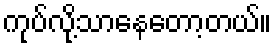
ကုပ်လို့သာနေတော့တယ်။